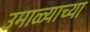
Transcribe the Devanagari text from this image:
उमाळ्याच्या